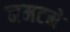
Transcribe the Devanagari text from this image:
नमटने